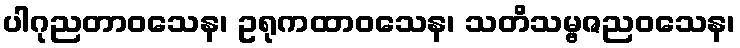
ပါဂုညတာဝသေန၊ ဥရုကထာဝသေန၊ သတိသမ္ဗဇညဝသေန၊